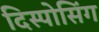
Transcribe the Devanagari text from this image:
दिस्पोसिंग